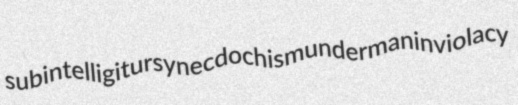
subintelligitur synecdochism underman inviolacy